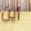
أين